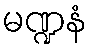
မဏ္ဍနံ